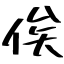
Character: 俟